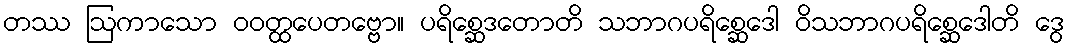
တဿ ဩကာသော ဝဝတ္ထပေတဗ္ဗော။ ပရိစ္ဆေဒတောတိ သဘာဂပရိစ္ဆေဒေါ ဝိသဘာဂပရိစ္ဆေဒေါတိ ဒွေ